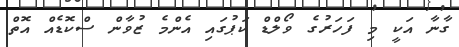
ގާނާ އަކީ މި ފަހަރުގެ ވޯލްޑް ކަޕުގައި އެންމެ ޒުވާން ސްކޮޑެއް އޮތް